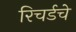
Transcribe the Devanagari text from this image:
रिचर्डचे